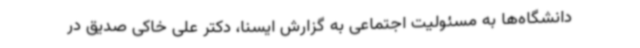
دانشگاه‌ها به مسئولیت اجتماعی به گزارش ایسنا، دکتر علی خاکی صدیق در